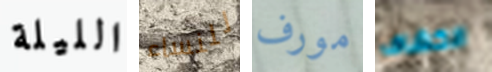
الليلة للنساء مورف الكشاف